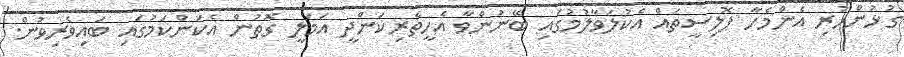
ގުޅުންހުރި އެންމެހާ ޕޮލިސީތައް އެކުލަވާލުމުގައި ބޭނުންވާ އެހީތެރިކަންދީ އަމަލީ ގޮތުން އެކަންކަމުގައި ބައިވެރިވުން.